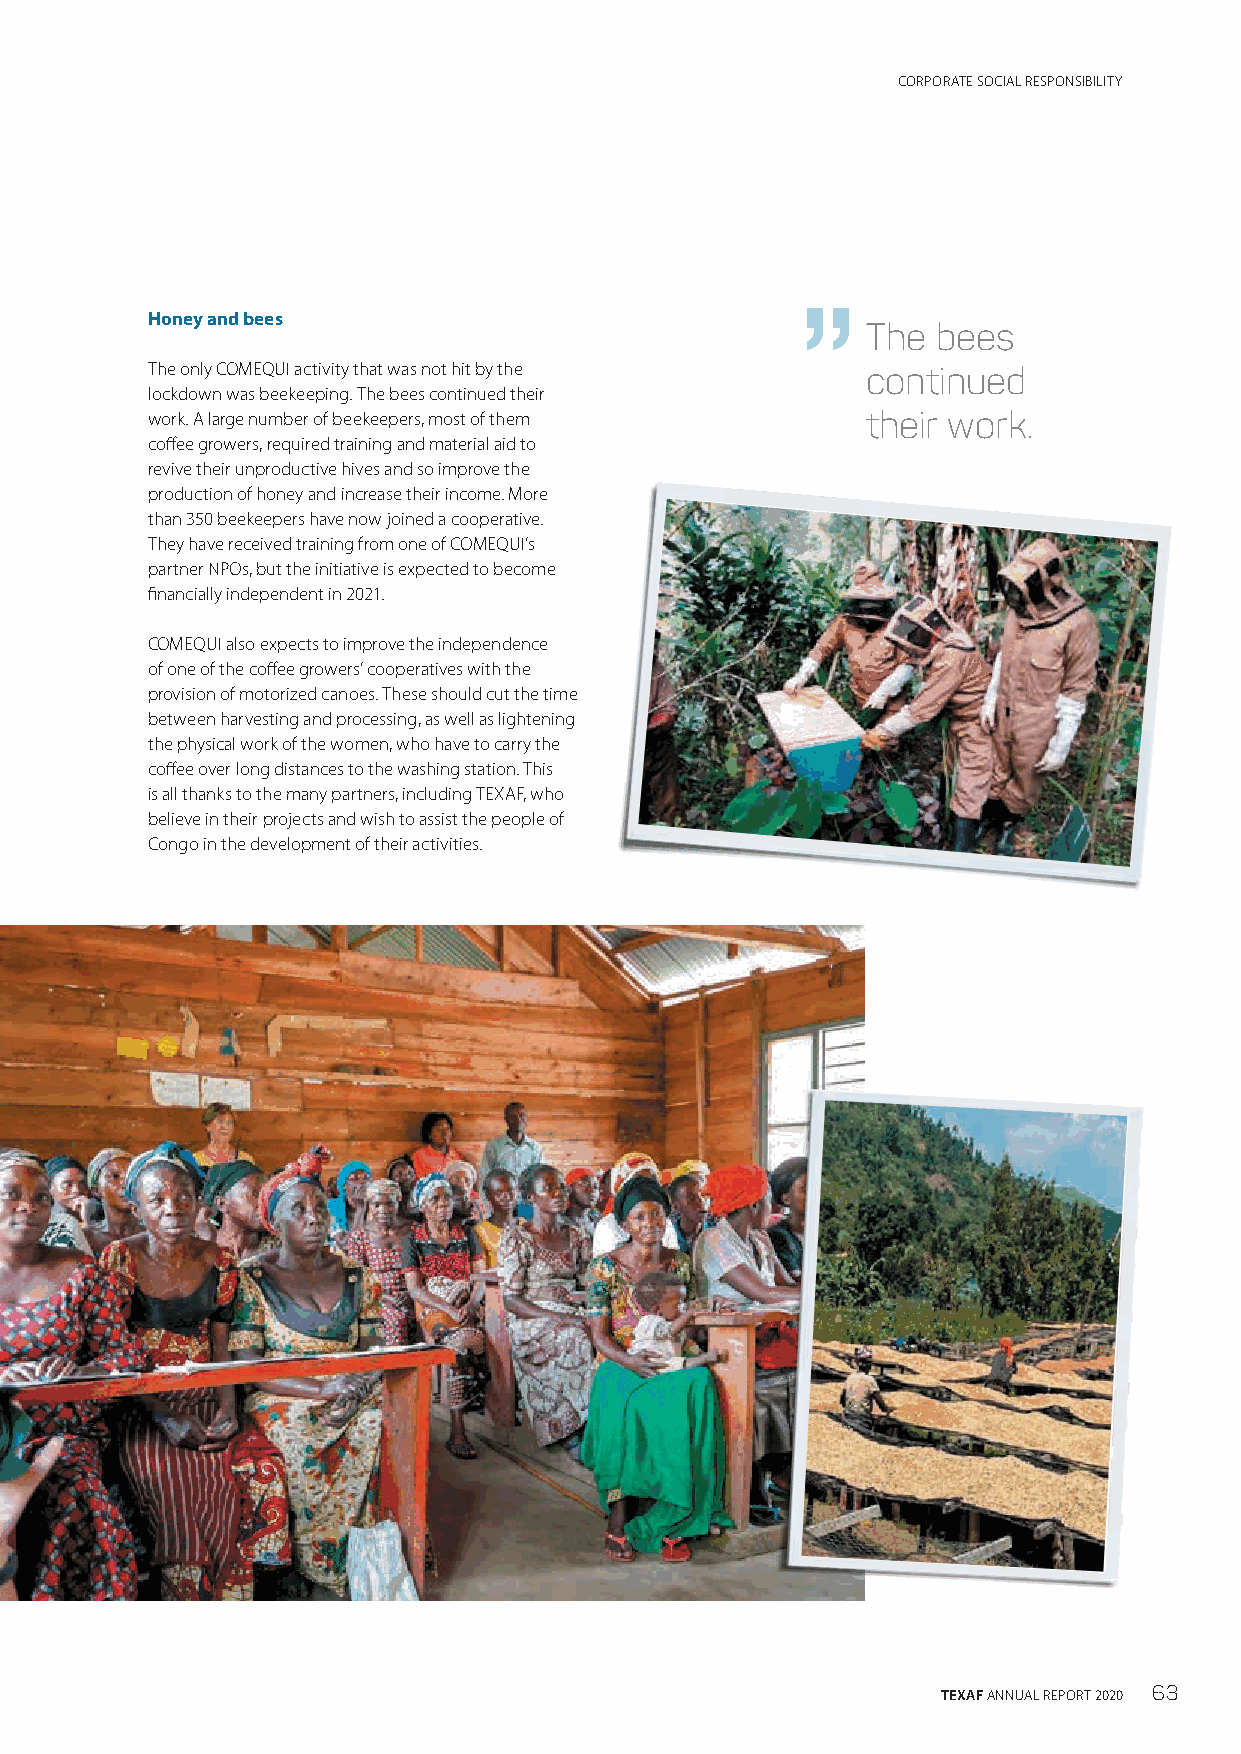
CORPORATE SOCIAL RESPONSIBILITY
 Honey and bees
 The  bees
 The only COMEQUI activity that was not hit by the continued
 lockdown was beekeeping. The bees continued their
 work. A large number of beekeepers, most of them their work.
 coffee growers, required training and material aid to
 revive their unproductive hives and so improve the
 production of honey and increase their income. More
 than 350 beekeepers have now joined a cooperative.
 They have received training from one of COMEQUI’s
 partner NPOs, but the initiative is expected to become
 financially independent in 2021.
 COMEQUI also expects to improve the independence
 of one of the coffee growers’ cooperatives with the
 provision of motorized canoes. These should cut the time
 between harvesting and processing, as well as lightening
 the physical work of the women, who have to carry the
 coffee over long distances to the washing station. This
 is all thanks to the many partners, including TEXAF, who
 believe in their projects and wish to assist the people of
 Congo in the development of their activities.
 TEXAF ANNUAL REPORT 2020 63